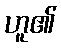
ဟူ၏